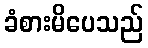
ခံစားမိပေသည်